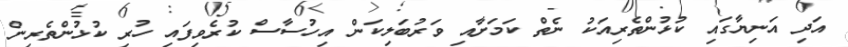
އަދި އަނިޔާގައި ކުޅުންތެރިއަކު ނެތް ކަމަށާއި ވަރުބަލިކަން އިހުސާސް ކުރެވިފައި ހުރި ކުޅުންތެރިން